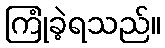
ကြုံခဲ့ရသည်။